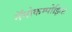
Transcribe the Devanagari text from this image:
नॅनोकम्पोझिट